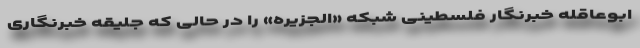
ابوعاقله خبرنگار فلسطینی شبکه «الجزیره» را در حالی که جلیقه خبرنگاری